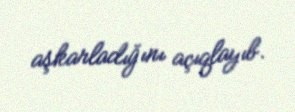
aşkarladığını açıqlayıb.